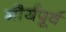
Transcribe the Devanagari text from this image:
मौर्यपूर्व